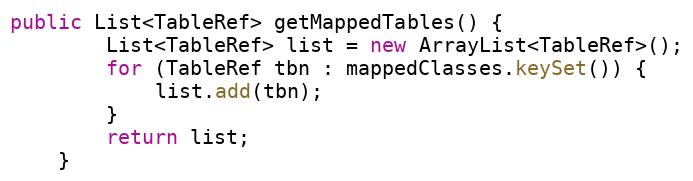
Language: Java
public List<TableRef> getMappedTables() {
        List<TableRef> list = new ArrayList<TableRef>();
        for (TableRef tbn : mappedClasses.keySet()) {
            list.add(tbn);
        }
        return list;
    }